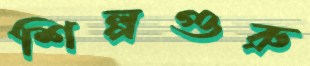
শিল্পগুরু